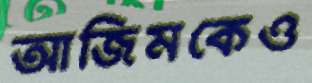
আজিমকেও